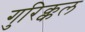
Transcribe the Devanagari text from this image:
गुरिक्कल